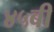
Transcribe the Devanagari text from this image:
४५बी